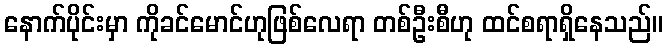
နောက်ပိုင်းမှာ ကိုခင်မောင်ဟုဖြစ်လေရာ တစ်ဦးစီဟု ထင်စရာရှိနေသည်။